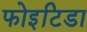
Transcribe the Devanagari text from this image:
फोइटिडा